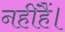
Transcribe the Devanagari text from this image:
नहींहैं।